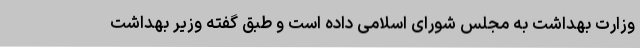
وزارت بهداشت به مجلس شورای اسلامی داده است و طبق گفته وزیر بهداشت